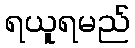
ရယူရမည်